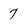
Character: 7